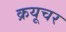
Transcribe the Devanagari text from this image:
क्रयूचर